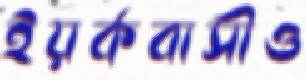
ইয়র্কবাসীও